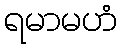
ရမာမဟံ